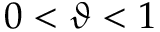
0 < \vartheta < 1